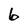
Character: 6